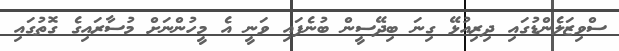
ސްވިޒަލެންޑުގައި ދިރިއުޅޭ ގިނަ ބިދޭސީން ބުނެފައި ވަނީ އެ މީހުންނަށް މުސާރައިގެ ގޮތުގައި